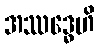
အဿဒ္ဓေဟိ